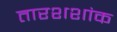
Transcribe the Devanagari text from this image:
तारशशांक